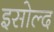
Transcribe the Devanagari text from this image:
इसोल्द